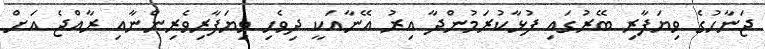
ޖަނާހުގެ ވިޔަފާރި ބޭރުގައި ފުޅާކުރަމުންދާ އިރު އޭނާއަކީ ދިވެހި ވިޔަފާރިވެރިންނާއި ރާއްޖެ އަށް